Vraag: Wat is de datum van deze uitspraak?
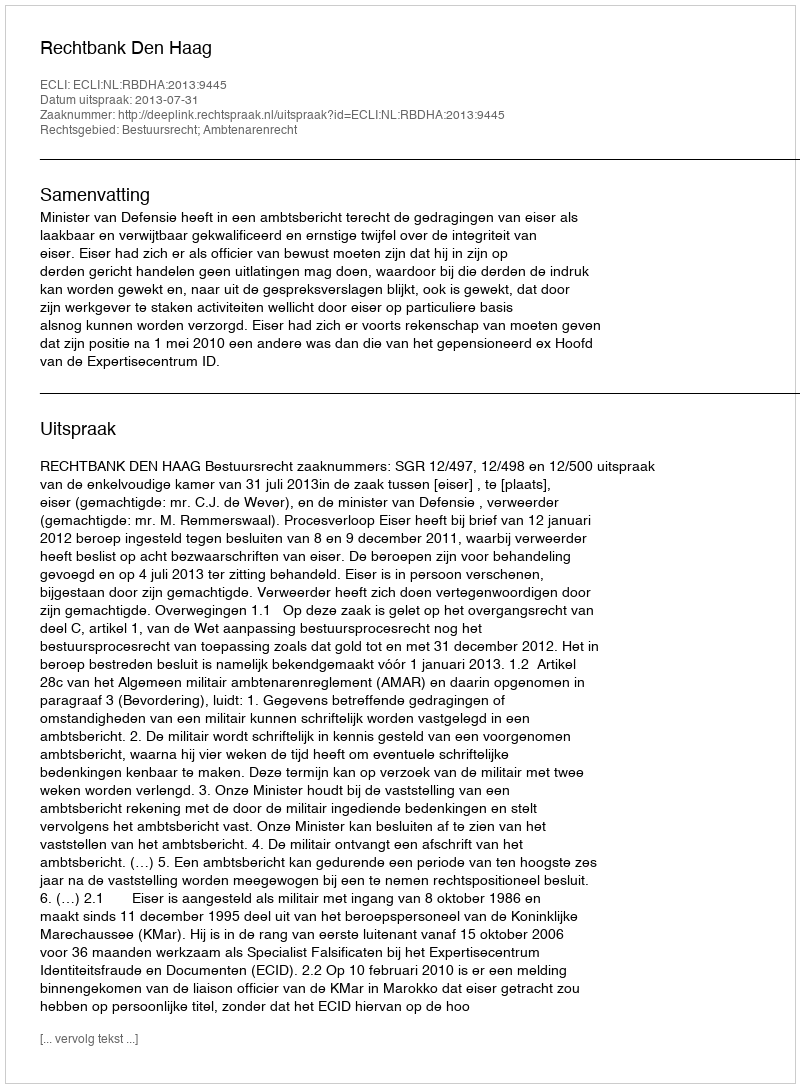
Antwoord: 2013-07-31